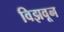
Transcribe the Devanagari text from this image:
विझवून